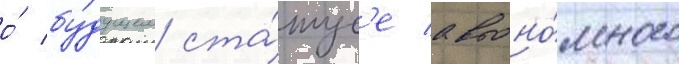
о́ бу́дущем ста́тус'е автоно́много